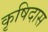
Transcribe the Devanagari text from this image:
कृषिदास